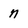
Character: n